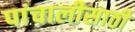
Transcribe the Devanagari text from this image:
पांचालीसाठी